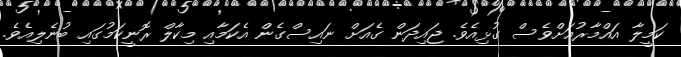
ކަމީލާ އައްމާރުއަށްވެސް ގުޅިއެވެ. ޖައިދަން ގެއަށް ނައިސްގެން އެކަމާއި މިކާލް ރޮނީކަމުގައި ބުނެލިއެވެ.